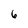
Character: 6